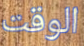
الوقت